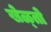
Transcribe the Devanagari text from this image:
खेळ्तो